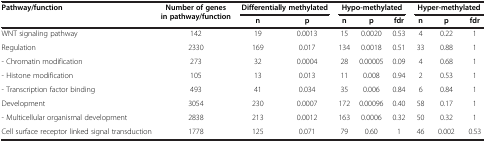
| <ROWSPAN=2> Pathway/function | <ROWSPAN=2> Number of genes in pathway/function | <COLSPAN=2> Differentially methylated | <COLSPAN=3> Hypo-methylated | <COLSPAN=3> Hyper-methylated |
 | n | p | n | p | fdr | n | p | fdr |
 | --- | --- | --- | --- | --- | --- | --- | --- | --- | --- |
 | WNT signaling pathway | 142 | 19 | 0.0013 | 15 | 0.0020 | 0.53 | 4 | 0.22 | 1 |
 | Regulation | 2330 | 169 | 0.017 | 134 | 0.0018 | 0.51 | 33 | 0.88 | 1 |
 | - Chromatin modification | 273 | 32 | 0.0004 | 28 | 0.00005 | 0.09 | 4 | 0.68 | 1 |
 | - Histone modification | 105 | 13 | 0.013 | 11 | 0.008 | 0.94 | 2 | 0.53 | 1 |
 | - Transcription factor binding | 493 | 41 | 0.034 | 35 | 0.006 | 0.84 | 6 | 0.84 | 1 |
 | Development | 3054 | 230 | 0.0007 | 172 | 0.00096 | 0.40 | 58 | 0.17 | 1 |
 | - Multicellular organismal development | 2838 | 213 | 0.0012 | 163 | 0.0006 | 0.32 | 50 | 0.32 | 1 |
 | Cell surface receptor linked signal transduction | 1778 | 125 | 0.071 | 79 | 0.60 | 1 | 46 | 0.002 | 0.53 |